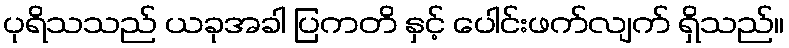
ပုရိသသည် ယခုအခါ ပြကတိ နှင့် ပေါင်းဖက်လျက် ရှိသည်။